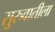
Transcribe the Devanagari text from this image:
सु्रुवातीला